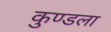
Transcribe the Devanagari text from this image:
कुण्डला